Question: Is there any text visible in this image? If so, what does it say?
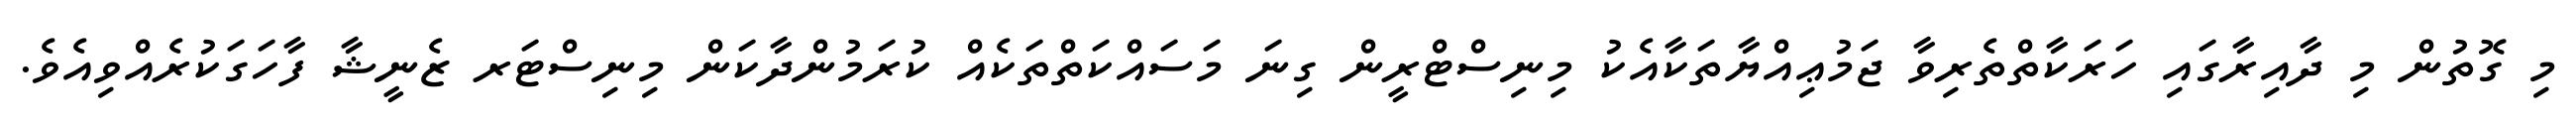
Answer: މި ގޮތުން މި ދާއިރާގައި ހަރަކާތްތެރިވާ ޖަމުޢިއްޔާތަކާއެކު މިނިސްޓްރީން ގިނަ މަސައްކަތްތަކެއް ކުރަމުންދާކަން މިނިސްޓަރ ޒެނީޝާ ފާހަގަކުރެއްވިއެވެ.